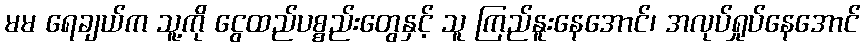
မမ ရေချယ်က သူ့ကို ငွေထည်ပစ္စည်းတွေနှင့် သူ ကြည်နူးနေအောင်၊ အလုပ်ရှုပ်နေအောင်